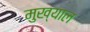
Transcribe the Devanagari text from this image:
मुख्याल